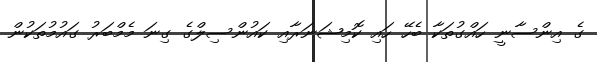
ގެ އިންސާނީ ހައްގުތަކާ ބެހޭ ހައި ކޮމިޝަނަރާއި ކައުންސިލްގެ ގިނަ މެމްބަރު ގައުމުތަކުން